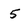
Character: 5